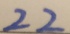
2 2